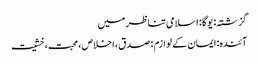
گزشتہ: یوگا : اسلامی تناظر میں
آئندہ: ایمان کے لوازم : صدق، اخلاص، محبت، خشیت